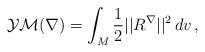
LaTeX: \begin{align*}\mathcal{YM}(\nabla )=\int_M \frac 12||R ^\nabla ||^2\, dv\, ,\end{align*}